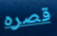
قصره